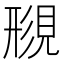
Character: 𫌟